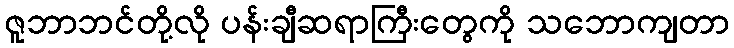
ဇူဘာဘင်တို့လို ပန်းချီဆရာကြီးတွေကို သဘောကျတာ